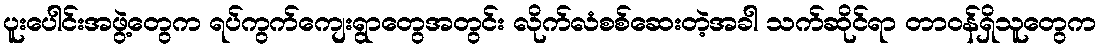
ပူးပေါင်းအဖွဲ့တွေက ရပ်ကွက်ကျေးရွာတွေအတွင်း လိုက်လံစစ်ဆေးတဲ့အခါ သက်ဆိုင်ရာ တာဝန်ရှိသူတွေက